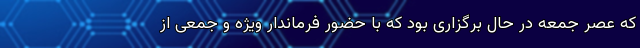
که عصر جمعه در حال برگزاری بود که با حضور فرماندار ویژه و جمعی از